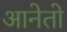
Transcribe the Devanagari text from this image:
आनेतो